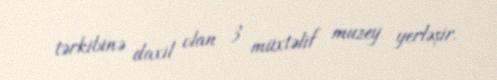
tərkibinə daxil olan 3 müxtəlif muzey yerləşir.